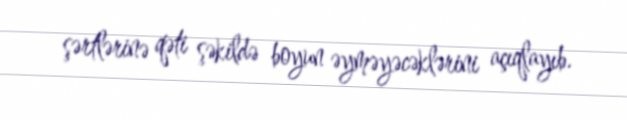
şərtlərinə qəti şəkildə boyun əyməyəcəklərini açıqlayıb.